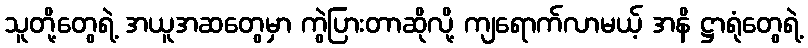
သူတို့တွေရဲ့ အယူအဆတွေမှာ ကွဲပြားတာဆိုလို့ ကျရောက်လာမယ့် အနိ ဋ္ဌာရုံတွေရဲ့